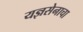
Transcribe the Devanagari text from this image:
यज्ञसेनाचा